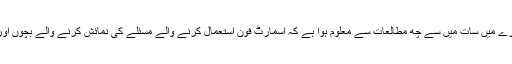
مثال کے طور پر ، نیند کے بارے میں سات میں سے چھ مطالعات سے معلوم ہوا ہے کہ اسمارٹ فون استعمال کرنے والے مسئلے کی نمائش کرنے والے بچوں اور نوجوانوں میں غریب نیند ہے۔